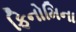
ફિનોમિના